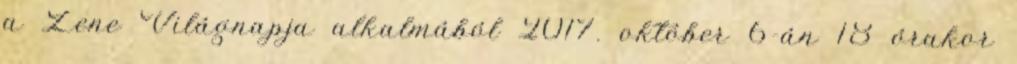
a Zene Világnapja alkalmából 2017. október 6-án 18 órakor